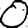
Digit: 0